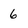
Character: 6